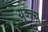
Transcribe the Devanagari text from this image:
युक्ल्यू